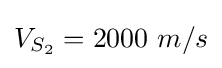
V_{S_{2}}=2000~m/s